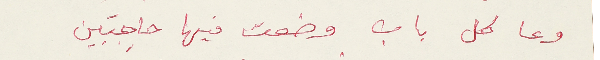
وعا كل باب وضعت فيها حاجبَين